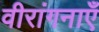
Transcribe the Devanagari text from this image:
वीरांगनाएँ